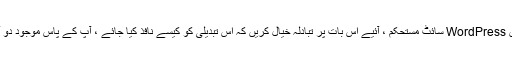
اب جب آپ اپنے بنانے کے فوائد اور نقصانات دونوں سے واقف ہیں WordPress سائٹ مستحکم ، آئیے اس بات پر تبادلہ خیال کریں کہ اس تبدیلی کو کیسے نافذ کیا جائے ، آپ کے پاس موجود دو آپشنز اور آپ کس طرح زیادہ تر نقصانات کو حاصل کرسکتے ہیں۔